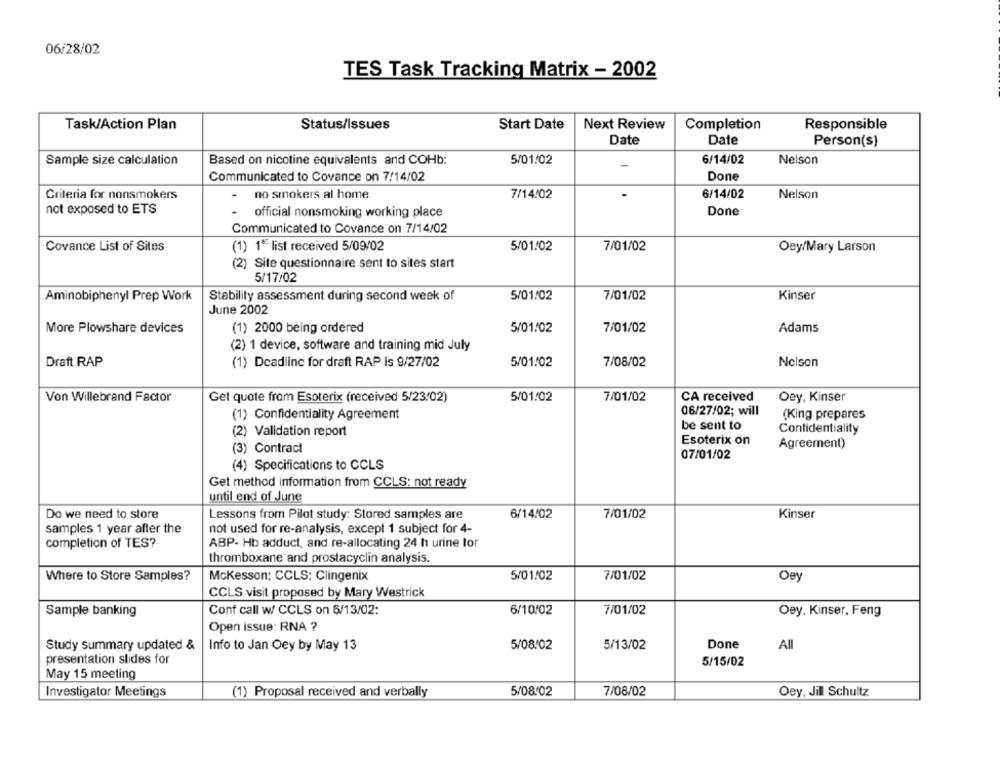
06/28/02
TES Task Tracking Matrix - 2002
Task/Action Plan
Status/Issues
Start Date
Next Review
Completion
Responsible
Date
Date
Person(s)
Sample size calculation
Based on nicotine equivalents and COHb:
5/01/02
6/14/02
Nelson
-
Done
Communicated to Covance on 7/14/02
Criteria for nonsmokers
no smokers al home
7/14/02
.
6/14/02
Nelson
not exposed to ETS
.
official nonsmoking working place
Done
Communicated to Covance on 7/14/02
Covance List of Sites
(1) 1* list received 5/09/02
5/01/02
7/01/02
Oey/Mary Larson
(2) Site questionnaire sent to sites start
5/17/02
Aminobiphenyl Prep Work
Stability assessment during second week of
5/01/02
7/01/02
Kinser
June 2002
More Plowshare devices
(1) 2000 being ordered
5/01/02
7/01/02
Adams
(2) 1 device, software and training mid July
Draft RAP
(1) Deadline for draft RAP is 9/27/02
5/01/02
7/08/02
Nelson
Von Willebrand Factor
Get quote from Esoterix (received 5/23/02)
5/01/02
7/01/02
CA received
Oey, Kinser
06/27/02; will
(1) Confidentiality Agreement
(King prepares
be sent to
(2) Validation report
Confidentiality
Esoterix on
(3) Contract
Agreement)
07/01/02
(4) Specifications to CCLS
Get method information from CCLS: not ready
until end of June
Do we need to store
Lessons from Pilot study: Stored samples are
6/14/02
7/01/02
Kinser
samples 1 year after the
not used for re-analysis, except 1 subject for 4-
completion of TES?
ABP- Hb adduct, and re-allocating 24 h urine lor
thromboxane and prostacyclin analysis.
KeO
Where to Store Samples?
Mckesson: CCLS: Clingenix
5/01/02
7/01/02
CCLS visit proposed by Mary Westrick
Sample banking
Conf call w/ CCLS on 5/13/02:
6/10/02
7/01/02
Oey. Kinser, Feng
Open issue: RNA ?
Study summary updated &
Info to Jan Oey by May 13
5/08/02
5/13/02
Done
All
presentation slides for
5/15/02
May 15 meeting
Investigator Meetings
5/08/02
7/08/02
Oey, Jill Schultz
(1) Proposal received and verbally